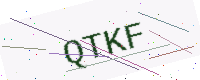
Text: QTKF